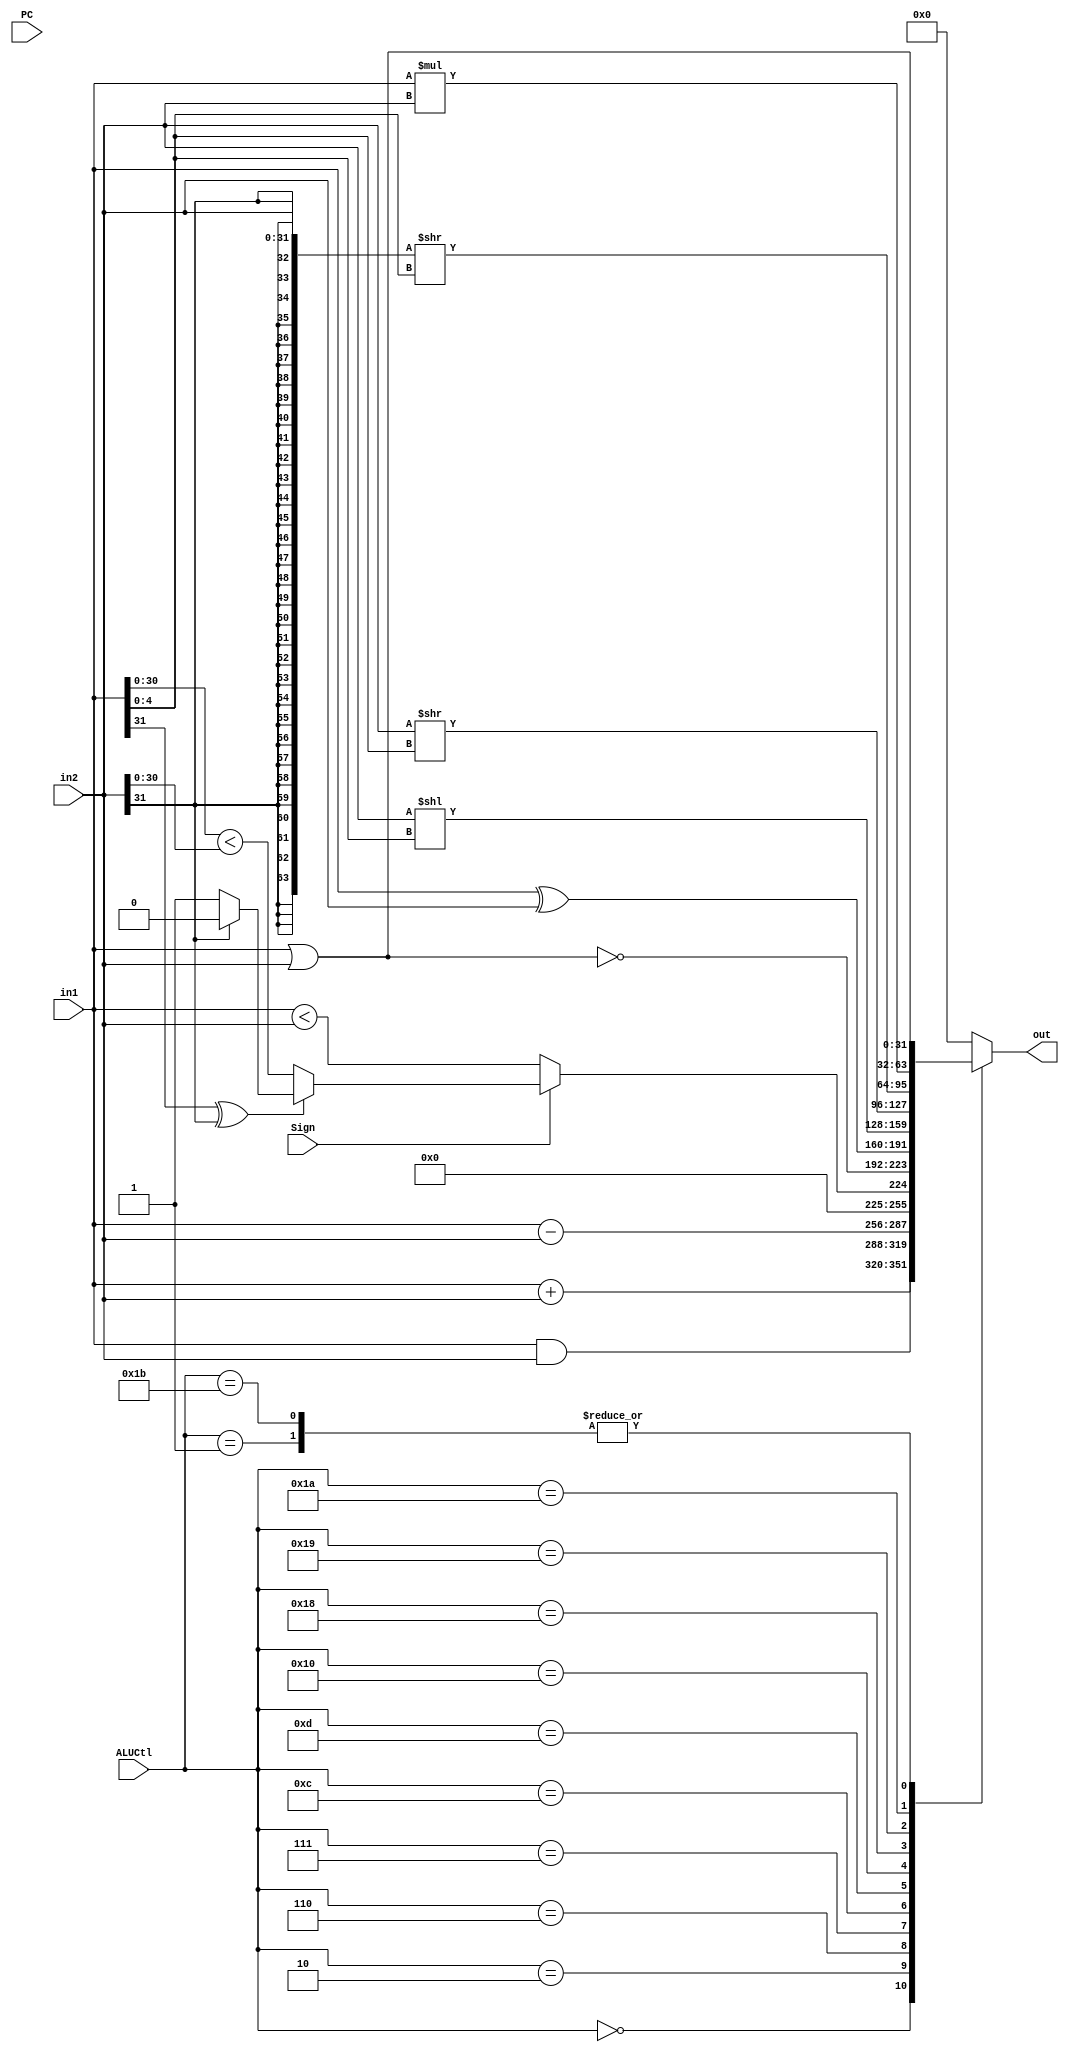

module ALU(
	input [32 -1:0] in1      , 
	input [32 -1:0] in2      ,
	input [5 -1:0] ALUCtl    ,
	input [32-1:0] PC	 ,
	input Sign               ,
	output reg [32 -1:0] out 
);

	
	wire ss;
	assign ss = {in1[31], in2[31]};
	
	wire lt_31;
	assign lt_31 = (in1[30:0] < in2[30:0]);
	
	// lt_signed means whether (in1 < in2)
	wire lt_signed;
	assign lt_signed = (in1[31] ^ in2[31])? 
		((ss == 2'b01)? 0: 1): lt_31;

	

	// different ALU operations
	always @(*)
		case (ALUCtl)
			5'b00000: out <= in1 & in2;
			5'b00001: out <= in1 | in2;
			5'b00010: out <= in1 + in2;
			5'b00110: out <= in1 - in2;
			5'b00111: out <= {31'h00000000, Sign? lt_signed: (in1 < in2)};
			5'b01100: out <= ~(in1 | in2);
			5'b01101: out <= in1 ^ in2;
			5'b10000: out <= (in2 << in1[4:0]);
			5'b11000: out <= (in2 >> in1[4:0]);
			5'b11001: out <= ({{32{in2[31]}}, in2} >> in1[4:0]);
			5'b11010: out <= in1 * in2; // mul
			5'b11011: out <= in1 | in2; //ori
			default: out <= 32'h00000000;
		endcase


	
	
endmodule